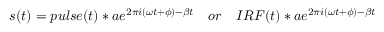
\begin{array} { r } { s ( t ) = p u l s e ( t ) * a e ^ { 2 \pi i ( \omega t + \phi ) - \beta t } \quad o r \quad I R F ( t ) * a e ^ { 2 \pi i ( \omega t + \phi ) - \beta t } } \end{array}